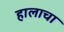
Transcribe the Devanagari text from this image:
हालाचा